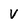
Character: v